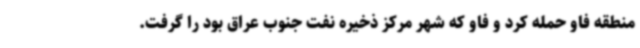
منطقه فاو حمله کرد و فاو که شهر مرکز ذخیره نفت جنوب عراق بود را گرفت.